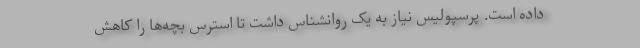
داده است. پرسپولیس نیاز به یک روانشناس داشت تا استرس بچه‌ها را کاهش